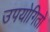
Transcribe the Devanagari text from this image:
उपयोगितो